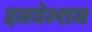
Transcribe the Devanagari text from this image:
इनवेन्शन